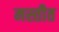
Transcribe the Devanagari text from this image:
मस्तीत